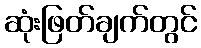
ဆုံးဖြတ်ချက်တွင်